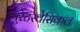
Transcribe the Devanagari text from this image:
युरेटरवेसिकल